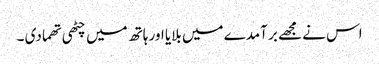
اس نے مجھے بر آمدے میں بلایا اور ہاتھ میں چٹھی تھما دی ۔